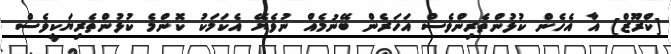
[ކްރޫޒް] އާ އެހެން ކުޅުންތެރިންވެސް އަހަރެން ބޭނުމެއް ނުވެޔޭ އެކަމަކު ކޮންމެ ކުޅުންތެރިޔަކީވެސް